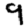
Digit: 9